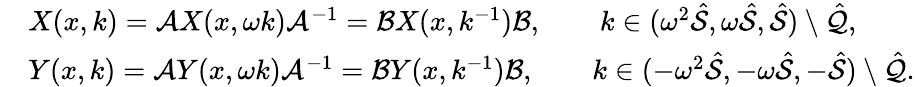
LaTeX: \begin{array}{rl}&{X(x,k)=\mathcal{A}X(x,\omega k)\mathcal{A}^{-1}=\mathcal{B}X(x,k^{-1})\mathcal{B},\qquad k\in(\omega^{2}\hat{\mathcal{S}},\omega\hat{\mathcal{S}},\hat{\mathcal{S}})\setminus\hat{\mathcal{Q}},}\\ &{Y(x,k)=\mathcal{A}Y(x,\omega k)\mathcal{A}^{-1}=\mathcal{B}Y(x,k^{-1})\mathcal{B},\qquad k\in(-\omega^{2}\hat{\mathcal{S}},-\omega\hat{\mathcal{S}},-\hat{\mathcal{S}})\setminus\hat{\mathcal{Q}}.}\end{array}